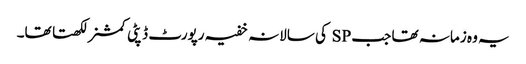
یہ وہ زمانہ تھا جب SP کی سالانہ خفیہ رپورٹ ڈپٹی کمشنر لکھتا تھا۔